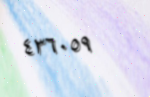
٤٣٦٠٥٩